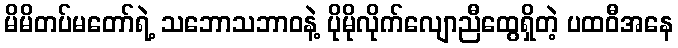
မိမိတပ်မတော်ရဲ့ သဘောသဘာဝနဲ့ ပိုမိုလိုက်လျောညီထွေရှိတဲ့ ပထဝီအနေ